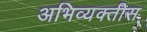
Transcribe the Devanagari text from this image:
अभिव्यक्तीस